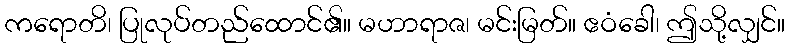
ကရောတိ၊ ပြုလုပ်တည်ထောင်၏။ မဟာရာဇ၊ မင်းမြတ်။ ဧဝံခေါ၊ ဤသို့လျှင်။